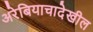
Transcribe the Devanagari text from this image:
अरेबियाचादेखील